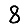
Digit: 8